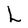
Character: L